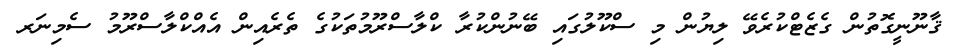
ޤާނޫނީގޮތުން ގެޒެޓްކުރެވޭ ލިޔުން މި ސްކޫލުގައި ބޭނުންކުރާ ކްލާސްރޫމުތަކުގެ ތެރެއިން އެއްކްލާސްރޫމު ސެމިނަރ